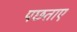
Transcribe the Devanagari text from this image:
पछताए